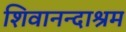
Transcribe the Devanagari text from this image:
शिवानन्दाश्रम